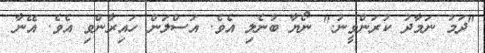
"ދަމު ނަމާދު ކުރަންވީނު." ނޯޔާ ބުނެލި އެވެ. އަސްލަން ހައިރާންވި އެވެ. އޭނާ